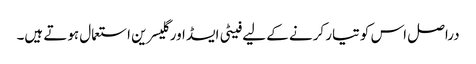
دراصل اس کو تیار کرنے کے لیے فیٹی ایسڈ اور گلیسرین استعمال ہوتے ہیں۔